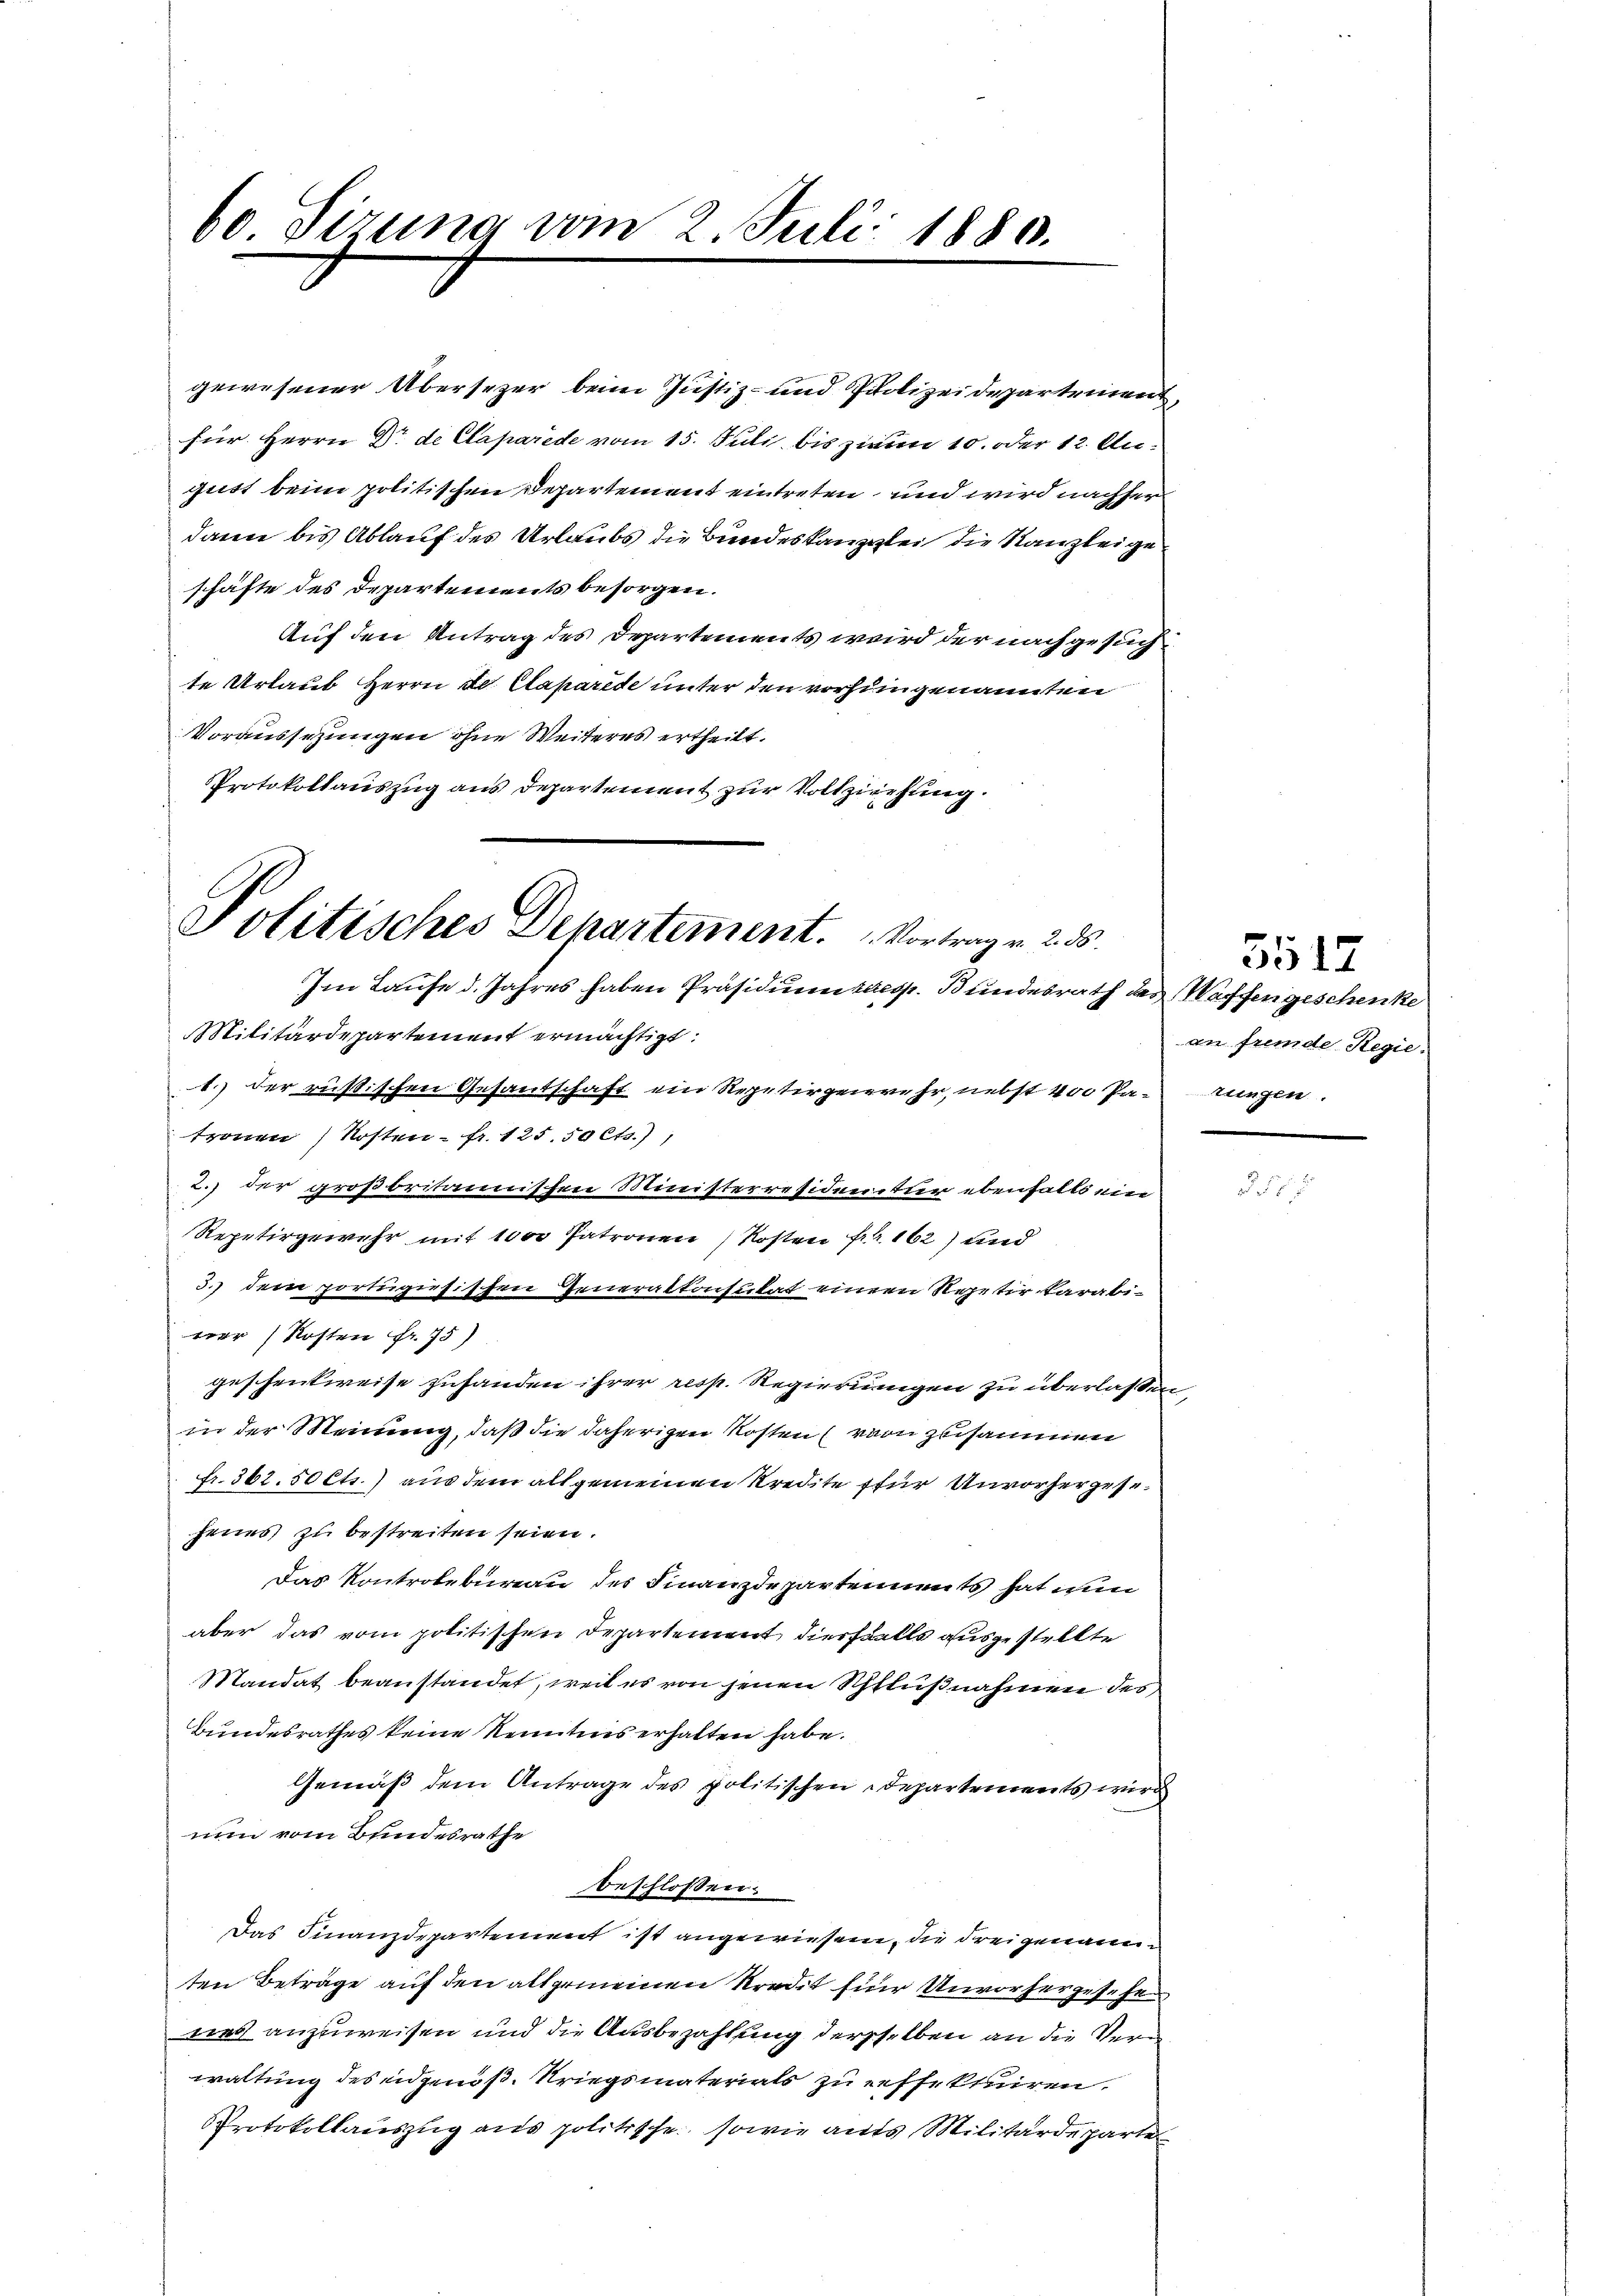
60 Sirung vom 2. Juli 1880.

gewesener Übersezer beim Justiz- und Polizeidepartement,
für Herrn Dr. de Claparede vom 15. Juli bis zum 10. oder 12. August beim politischen Departement eintreten, und wird nachher
dann bis Ablauf des Urlaubs die Bundeskanzlei die Kanzleige
schäfte des Departements besorgen.
Auf den Antrag des Departements wird der nachgesuchte Urlaub Herrn Dr. Caparite unter den vorhergenannten
Voraussezungen ohne Weiteres ertheilt.
Protokollauszug aus Departement zur Vollziehung.
Im Laufe d. Jahres haben Präsidium kaess. Bundesrath des Waffen geschenke
Militärdepartement ermächtigt.
1.) Der russischen Gesantschaft ein Repetirgenwehr, nebst 400 Pa-rungen.
tronen Kosten - fr. 125. 50 Cts.),
2.) der großbritannischen Ministerresidentur ebenfalls ein
Repetirgewehr mit 1000 Patronen Kosten Fr. 162) und
3.) dem portugisischen Generalkonsulat einem Repetir darabi-
ner Kosten fr. 75)
geschenkweise zufanden ihrer resp. Regierungen zu überlaßen,
in der Meinung, daß die daherigen Kosten (von zusammen
fr. 362.50 cts.) aus dem allgemeinen Kredite für Unvorhergese
jenes zu bestreiten seien.
Das Kontrolbureau des Finanzdepartements hat wen
aber das vom politischen Departement diesfalls ausgestellte
Mandat beanstandet, weil es von jenen Schlußnahmen des
Bundesrathes keine Kenntnis erhalten habe.
Gemäß dem Antrage des politischen Departements wird
nun vom Bundesrathe
beschlossen:
Das Finanzdepartement ist angewiesene, die drei genauen
ten Beträge auf den allgemeinen Kredit für Unvorhergesehe
was anzuweisen und die Ausbezahlung derselben an die Verwaltung des eidgen. Kriegsmaterials zu reffektuiren.
Protokollauszug aus politische, sowie aufs Militärdeparte

Politisches Departement. Vortrag in 2. 55.

an fremde Regie

5512